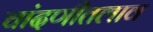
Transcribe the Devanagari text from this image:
चांदणीतलाव